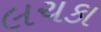
લચકા